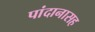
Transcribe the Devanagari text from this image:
पांदानासह